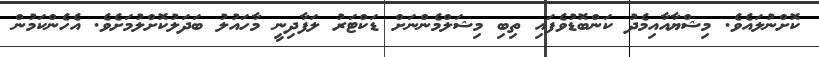
ކޮށްނުލައެވެ. މިޝްޔާއާއިމެދު ކަންބޮޑުވެފައި ތިބި މިޝަލްމެންނަށް ޑަކްޓަރު ލަފާދިނީ މާހައުލު ބަދަލުކޮށްލުމަށެވެ. އެހެންކަމުން